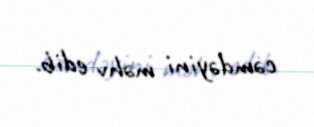
cəmdəyini məhv edib.